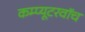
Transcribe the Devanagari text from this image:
कम्प्यूटरवॉच